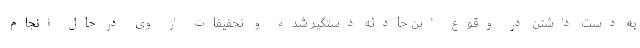
به دست داشتن در وقوع این حادثه دستگیر شده و تحقیقات از وی در حال انجام